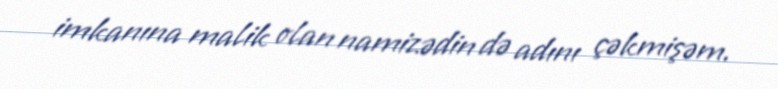
imkanına malik olan namizədin də adını çəkmişəm.